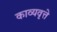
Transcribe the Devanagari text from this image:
काव्यवृत्ते